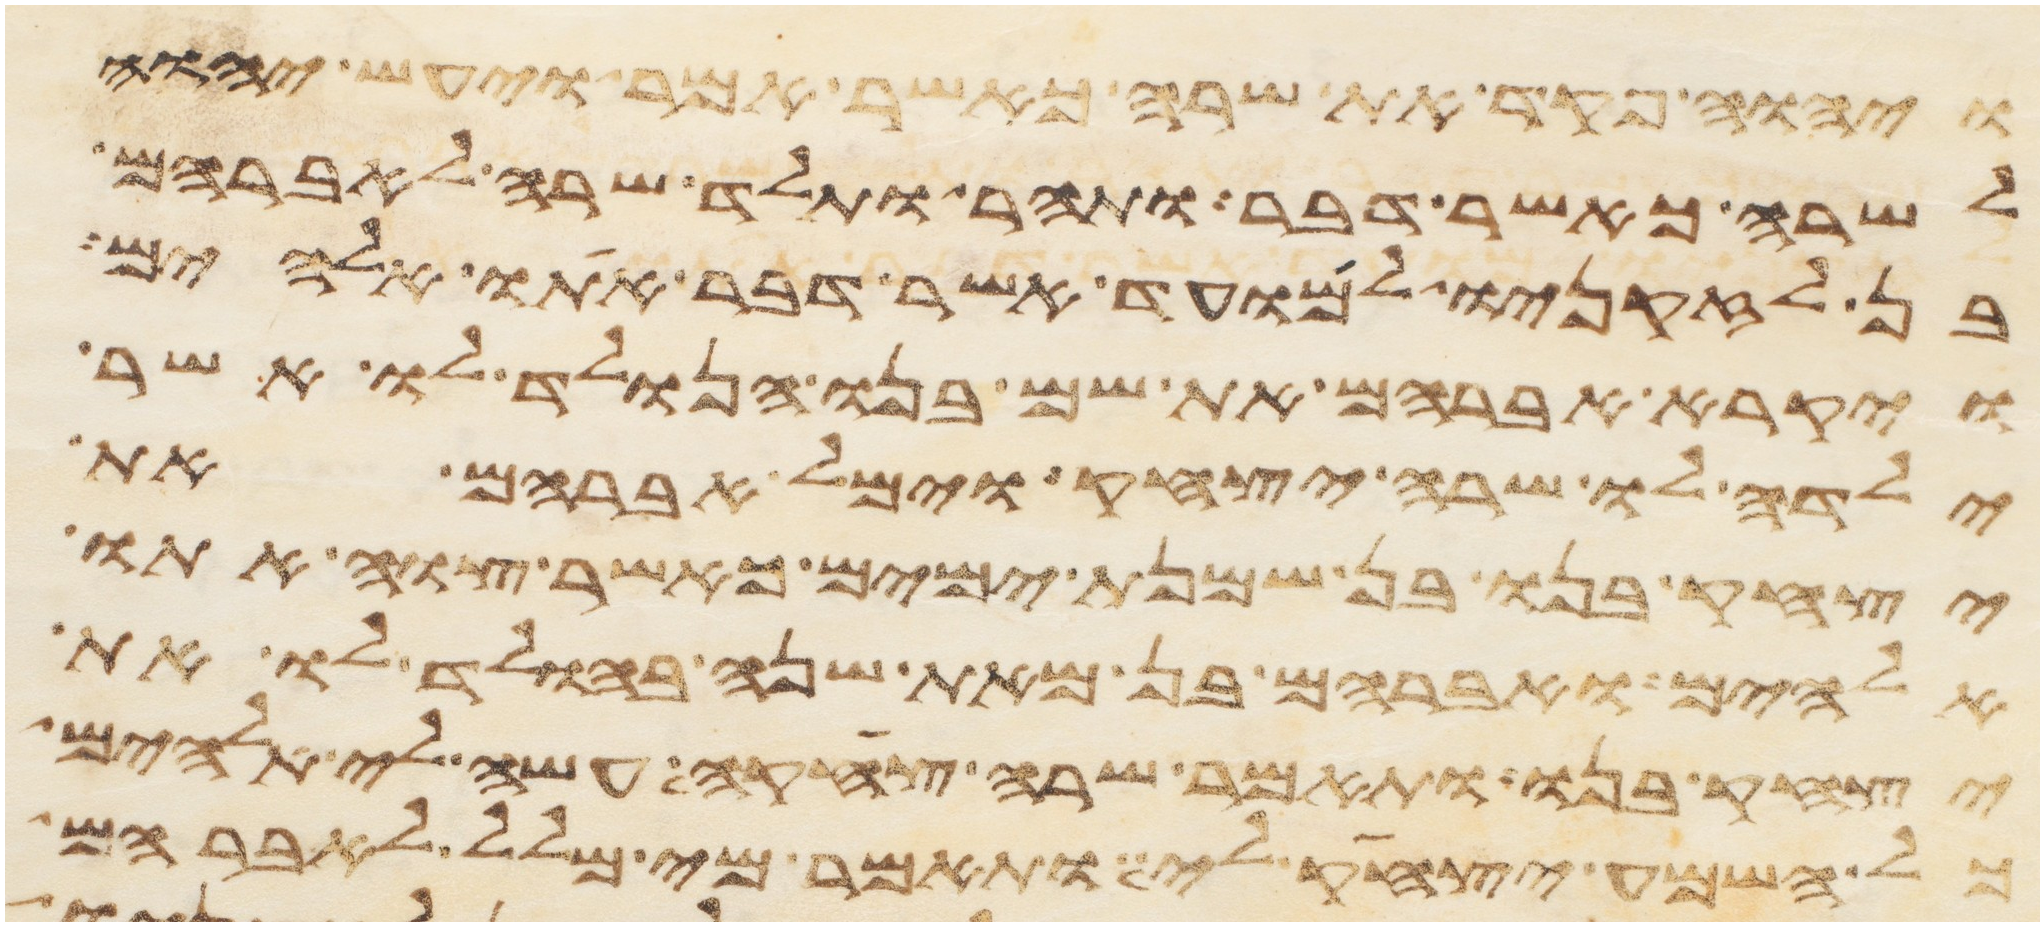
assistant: ויהוה פקד את שרה כאשר אמר ויעש יהוה
לשרה כאשר דבר ותהר ותלד שרה לאברהם
בן לזקניו למועד אשר דבר אתו אלהים
ויקרא אברהם את שם בנו הנולד לו אשר
ילדה לו שרה יצחק וימל אברהם את
יצחק בנו בן שמנת ימים כאשר צוה אתו
אלהים ואברהם בן מאת שנה בהולד לו את
יצחק בנו ותאמר שרה צחק עשה לי אלהים
כל השמע יצחק לי ותאמר מי מלל לאברהם